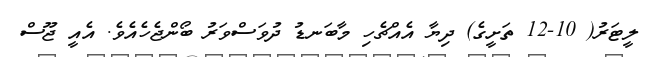
ލީޓަރު( 10-12 ތަށީގެ) ދިޔާ އެއްޗެހި މާބަނޑު ދުވަސްވަރު ބޯންޖެހެއެވެ. އެއީ ޖޫސް